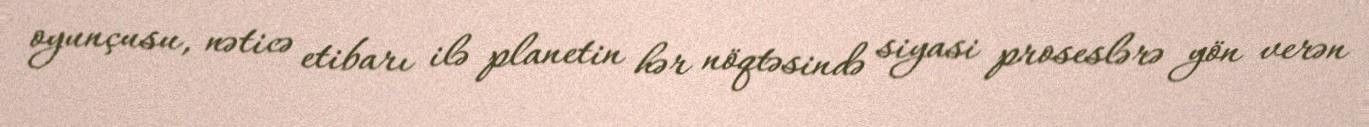
oyunçusu, nəticə etibarı ilə planetin hər nöqtəsində siyasi proseslərə yön verən